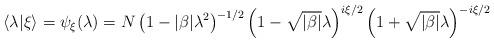
LaTeX: \begin{align*}\langle \lambda \vert \xi\rangle =\psi_\xi(\lambda) = N \left(1-\vert \beta\vert \lambda^2\right)^{-1/2} \left(1- \sqrt{\vert \beta\vert} \lambda\right)^{i \xi/2} \left(1+\sqrt{\vert \beta\vert} \lambda\right)^{-i \xi/2} \end{align*}